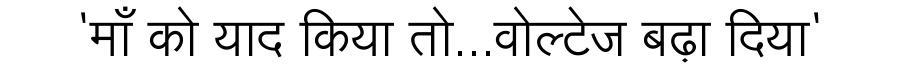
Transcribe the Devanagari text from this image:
'माँ को याद किया तो...वोल्टेज बढ़ा दिया'